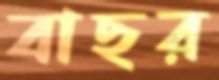
বাছর